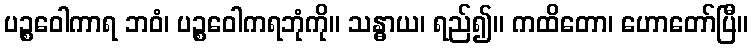
ပဉ္စဝေါကာရ ဘဝံ၊ ပဉ္စဝေါကရဘုံကို။ သန္ဓာယ၊ ရည်၍။ ကထိတော၊ ဟောတော်ပြီ။